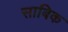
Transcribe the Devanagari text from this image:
साबिक